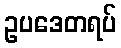
ဥပဒေတရပ်